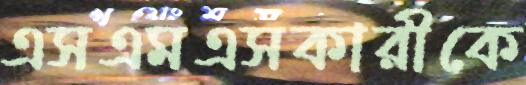
এসএমএসকারীকে